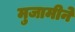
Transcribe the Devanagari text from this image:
मुजामीने